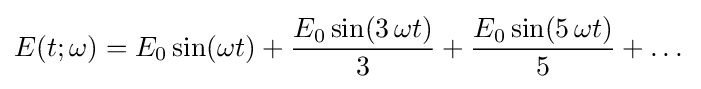
E(t;\omega )=E_{0}\sin(\omega t)+{\frac {E_{0}\sin(3\,\omega t)}{3}}+{\frac {E_{0}\sin(5\,\omega t)}{5}}+\dots